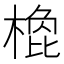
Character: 𣗽